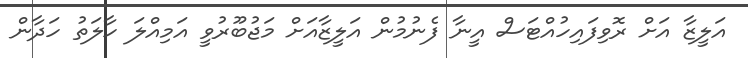
އަލީޒާ އަށް ރޮވިފައިހުއްޓަސް އީނާ ފެނުމުން އަލީޒާއަށް މަޖުބޫރުވީ އަމިއްލަ ހާލަތު ހަދާން